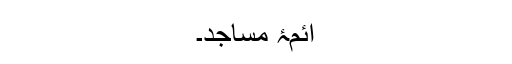
ائمۂ مساجد۔